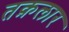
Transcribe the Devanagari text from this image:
तक़लार